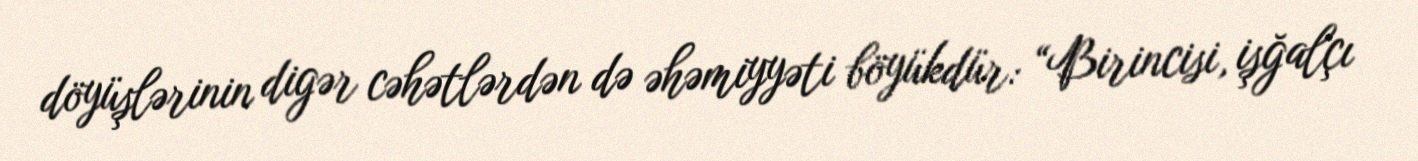
döyüşlərinin digər cəhətlərdən də əhəmiyyəti böyükdür: “Birincisi, işğalçı